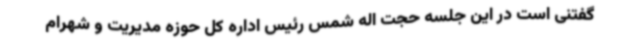
گفتنی است در این جلسه حجت اله شمس رئیس اداره کل حوزه مدیریت و شهرام